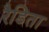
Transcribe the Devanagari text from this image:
रैडिता